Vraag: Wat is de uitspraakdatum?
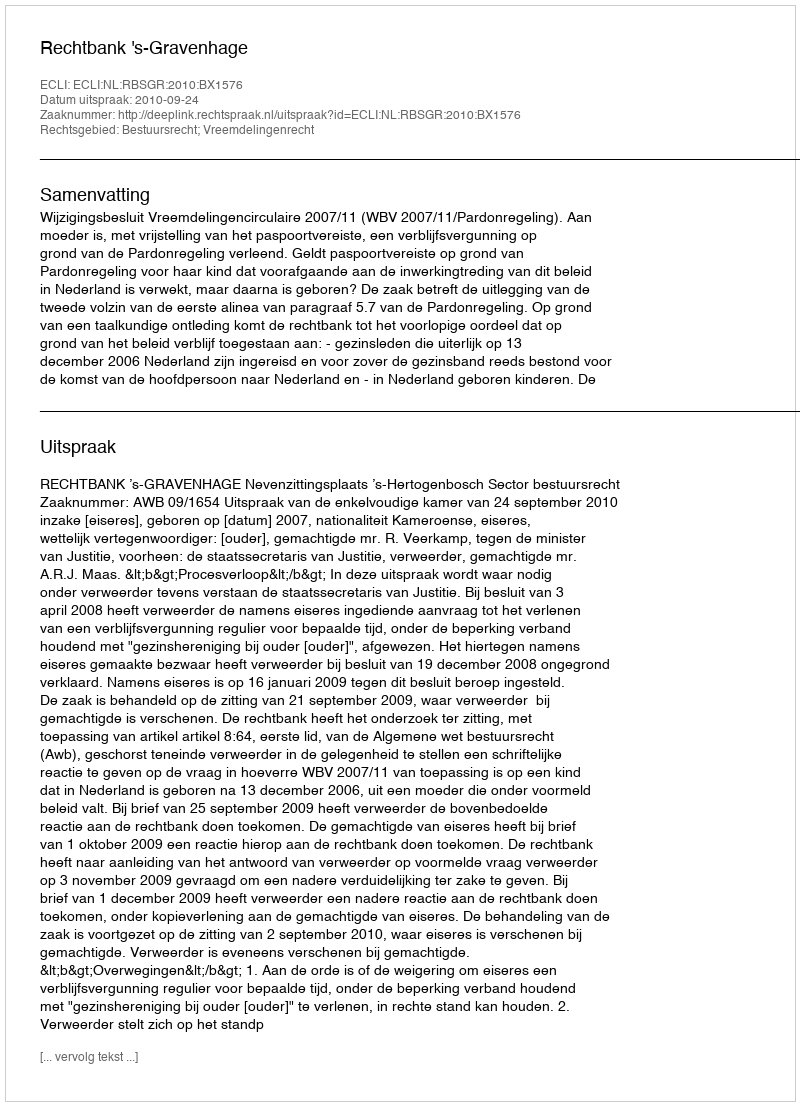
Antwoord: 2010-09-24